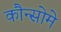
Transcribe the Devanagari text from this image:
कौन्सोमे